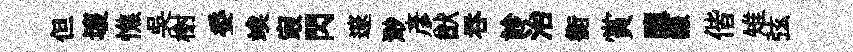
但壞憔吴榭委竢㝡閃邃渺彦猷呑診治衡賞隳謙偕雉弦